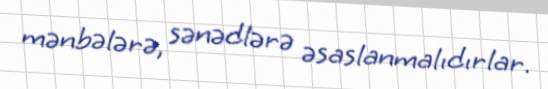
mənbələrə, sənədlərə əsaslanmalıdırlar.